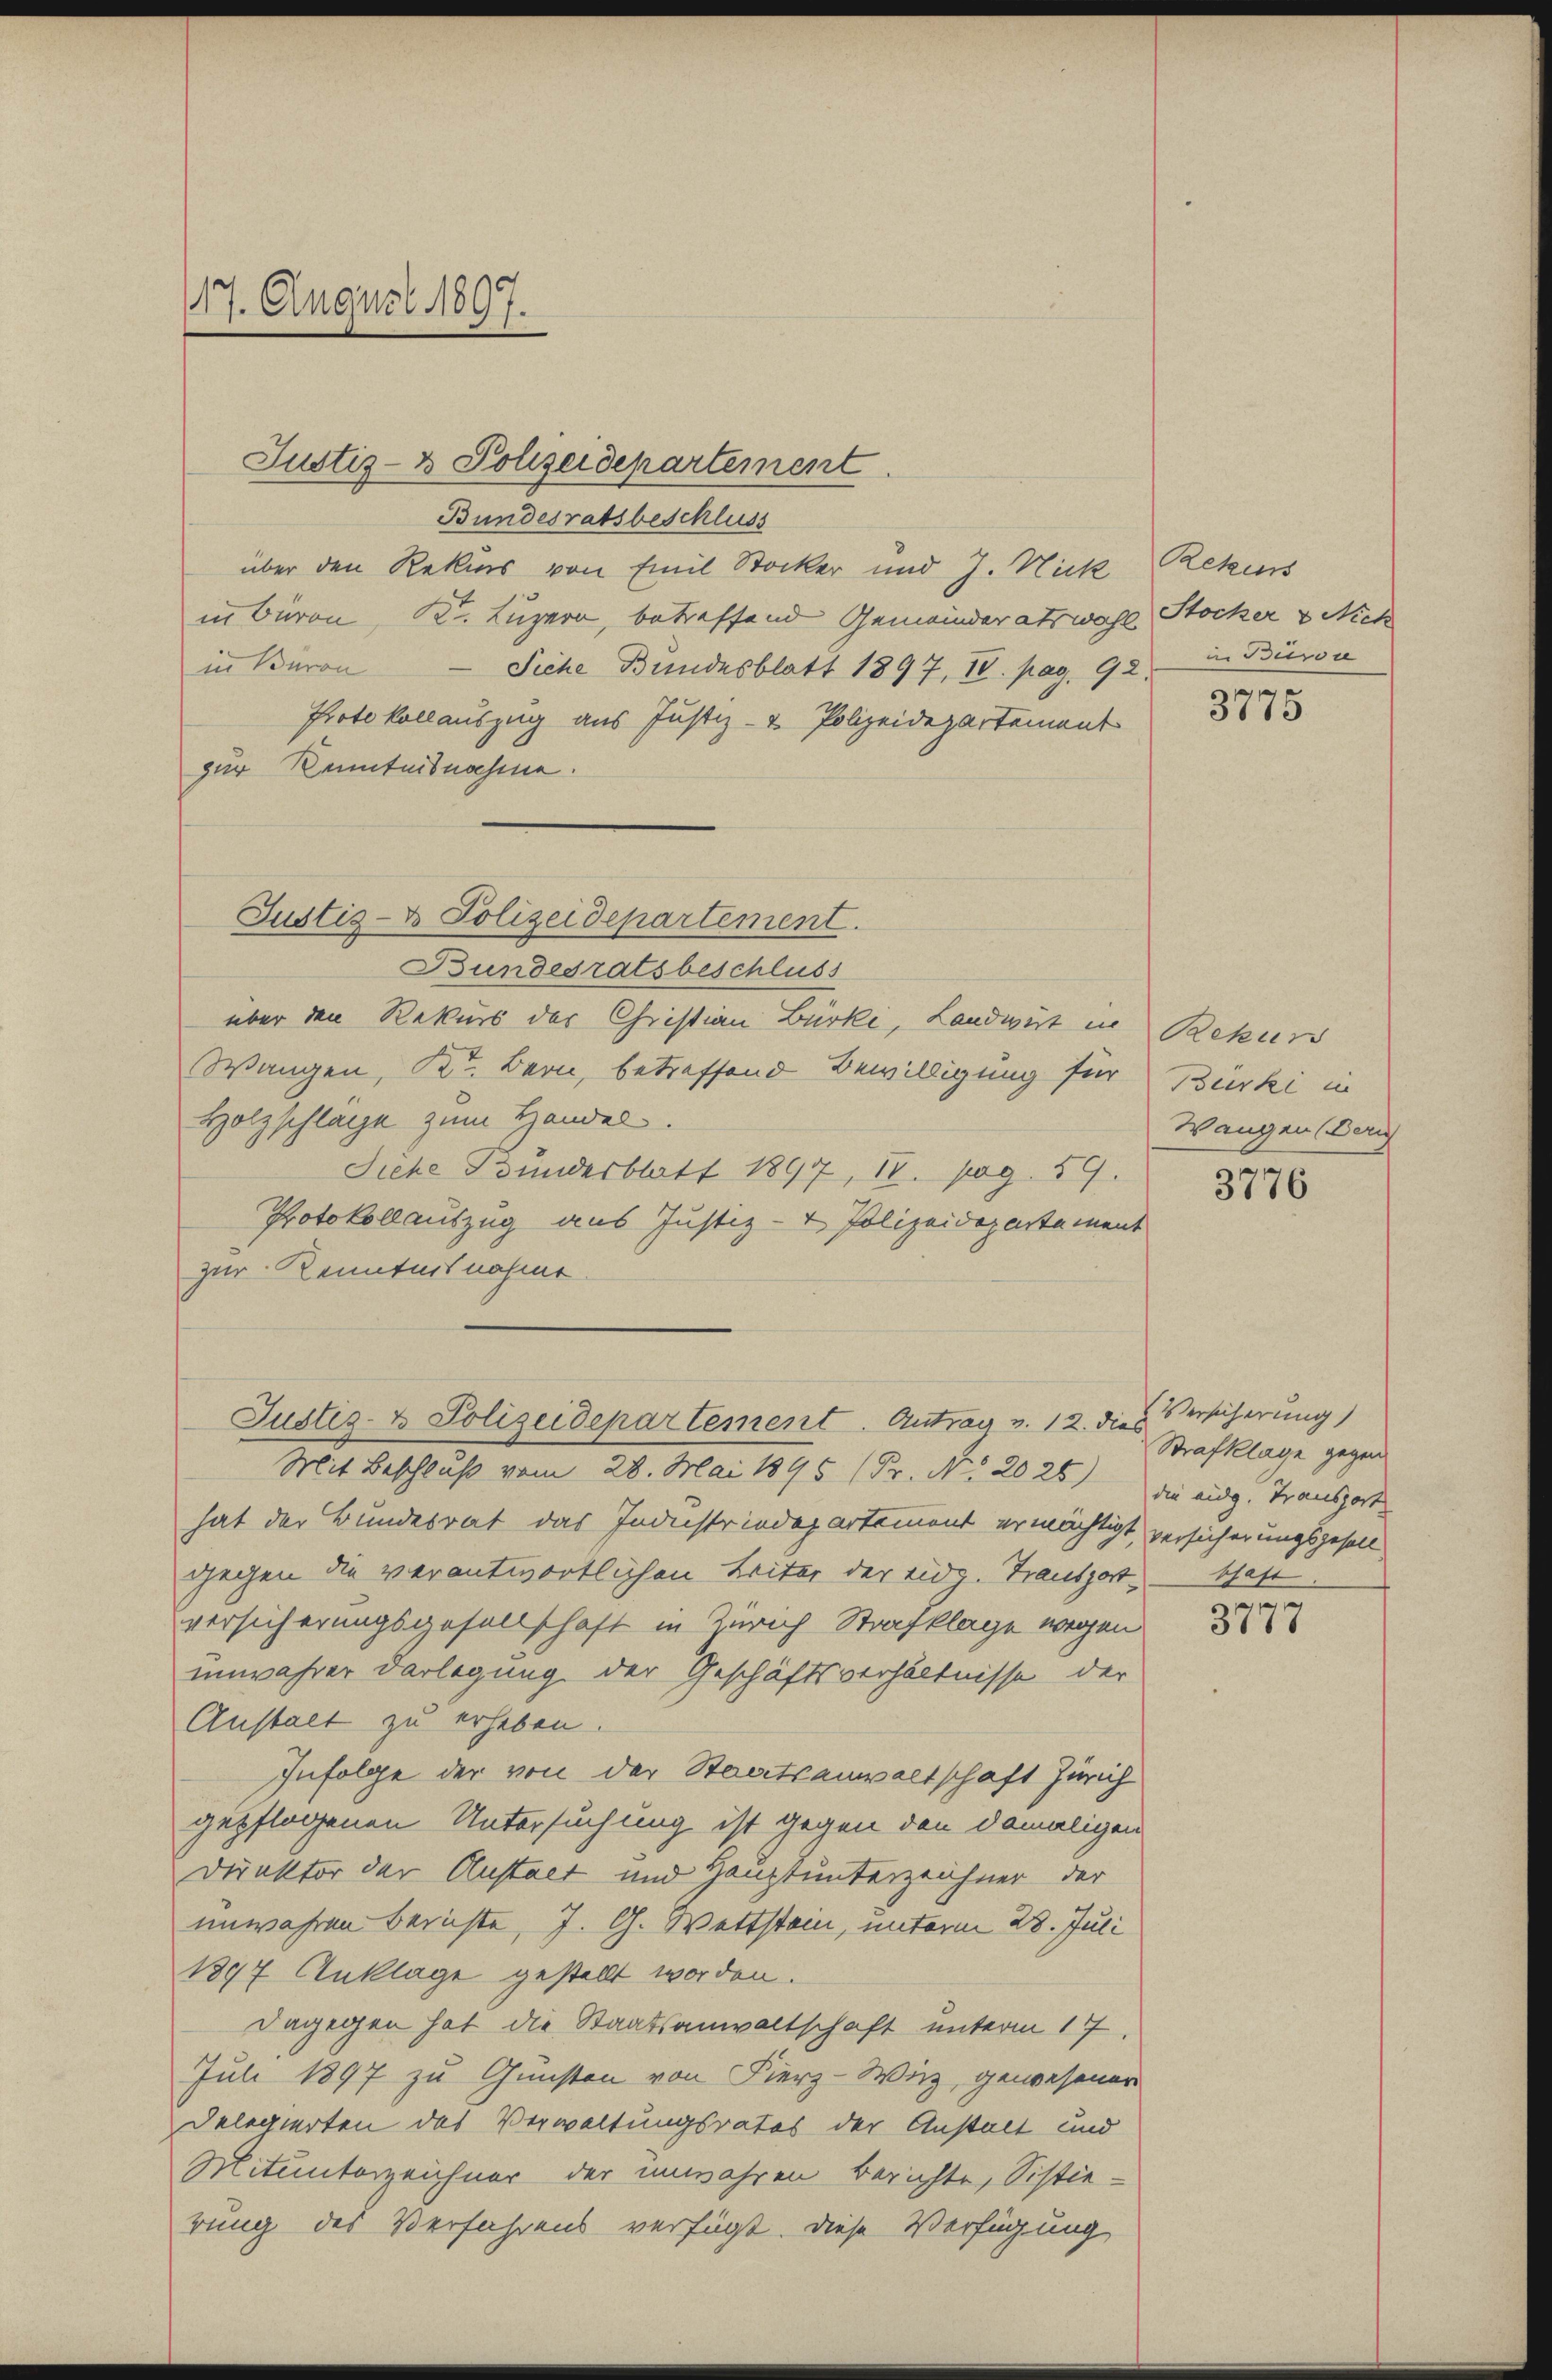
17. August 1897.

Justiz- & Polizeidepartement
Bundesratsbeschluss
über den Rekurs von Emil Stocker und J. Nick
in Baron Kt. Luzern, betreffend Gemeinderatswahl
in Baron Siche Bundesblatt 1897, IV. pag. 92.
Protokollauszug aus Justiz- & Polizeidepartement
zur Kenntnisnahme.
Bundesratsbeschluss
über den Rekurs der Christian Bürki, Landwirt in
Wangen, Kt. Bern, betreffend Bewilligung für
Holzschlage zum Handel.
Siehe Bundesblatt 1897, 18. pag. 59.
Protokollauszug aus Justiz- & Polizeidepartement
zur Kenntnisnahme
Justiz- & Polizeidepartement. Antrag v. 12. dies Versicherung
Mit Beschluß vom 28. Mai 1895 (Fr. No. 2025) Die eidg. Transport
hat der Bundesrat das Industrindepartement ermächtigt, versicherungsgesell
gegen die verantwortlichen Leiter der Eidg. Transport – schaft
versicherungsgesellschaft in Zürich Strafklage wegen
unwahrer Darlegung der Geschäftsverhältnisse der
Anstalt zu erheben.
Infolge der von der Staatsanwaltschaft Zürich
gepflogenen Untersuchung ist gegen den damaligen
Direktor der Austaet und Hauptunterzeichner der
unwahren Berichte, J. G. Wettstein, unterm 28. Juli
1897 Anklage gestellt worden.
dagegen hat die Staatsanwaltschaft unterm 17.
Juli 1897 zu Gunsten von Fierz-Wirz, gewesener
Delegierten des Verwaltungsrates der Anstalt und
Mitunterzeichner der unwahren Berichte, Sistierung des Verfahrens verfügt. Diese Verfügung

Justiz- & Polizeidepartement.

Rekurs
Stocker & Nich
in Baron

3775

Rekur
Bürki in
Wangen (Beric

3776

Strafklage gegen

3777